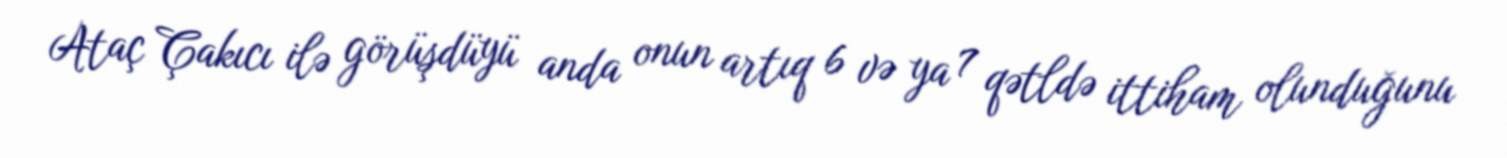
Ataç Çakıcı ilə görüşdüyü anda onun artıq 6 və ya 7 qətldə ittiham olunduğunu